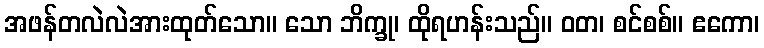
အဖန်တလဲလဲအားထုတ်သော။ သော ဘိက္ခု၊ ထိုရဟန်းသည်။ ဝတ၊ စင်စစ်။ ဧကော၊